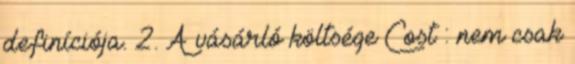
definíciója. 2. A vásárló költsége Cost : nem csak